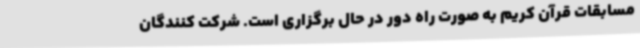
مسابقات قرآن کریم به صورت راه دور در حال برگزاری است. شرکت کنندگان